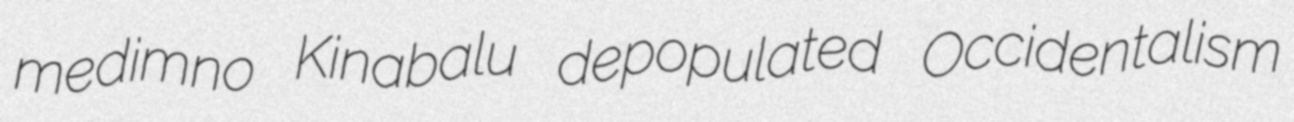
medimno Kinabalu depopulated Occidentalism